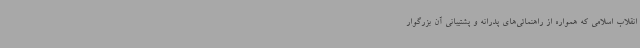
انقلاب اسلامی که همواره از راهنمائی‌های پدرانه و پشتیبانی آن بزرگوار